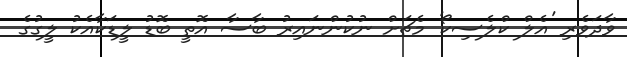
ވާދަވެރި 'އެލް ކްލެސިކޯ' މެޗަށް ނުކުންނައިރު ބާސާ އޮތީ ބޮޑު ލީޑަކާއެކު ލީގުގެ